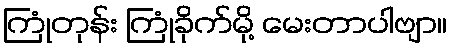
ကြုံတုန်း ကြုံခိုက်မို့ မေးတာပါဗျာ။